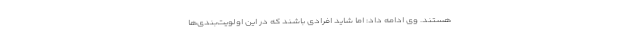
هستند. وی ادامه داد: اما شاید افرادی باشند که در این اولویت‌بندی‌ها